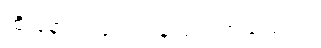
ထို့ နောက် ဖျတ်ကနဲလှည့်ကြည့်သည်။